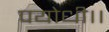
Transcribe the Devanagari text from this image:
पयोधी।।